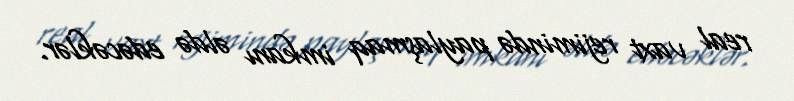
real vaxt rejimində paylaşmaq imkanı əldə edəcəklər.